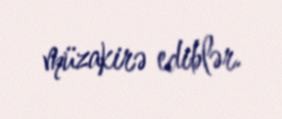
müzakirə ediblər.